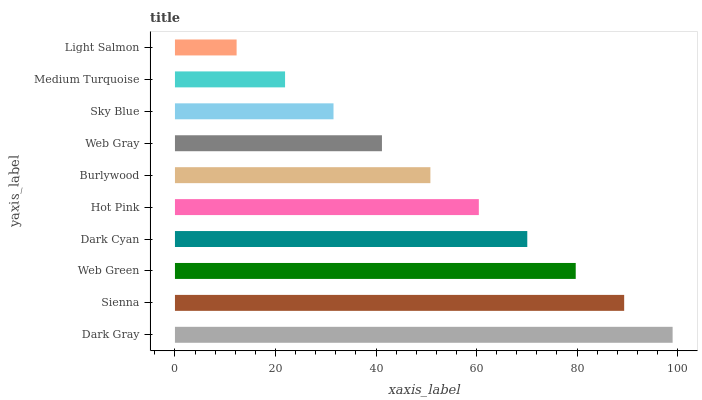
| yaxis_label | bars |
 | --- | --- |
 | Dark Gray | 99 |
 | Sienna | 89.4 |
 | Web Green | 79.7 |
 | Dark Cyan | 70.1 |
 | Hot Pink | 60.5 |
 | Burlywood | 50.8 |
 | Web Gray | 41.2 |
 | Sky Blue | 31.5 |
 | Medium Turquoise | 21.9 |
 | Light Salmon | 12.3 |